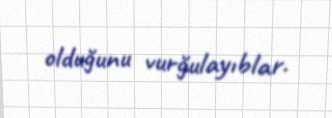
olduğunu vurğulayıblar.